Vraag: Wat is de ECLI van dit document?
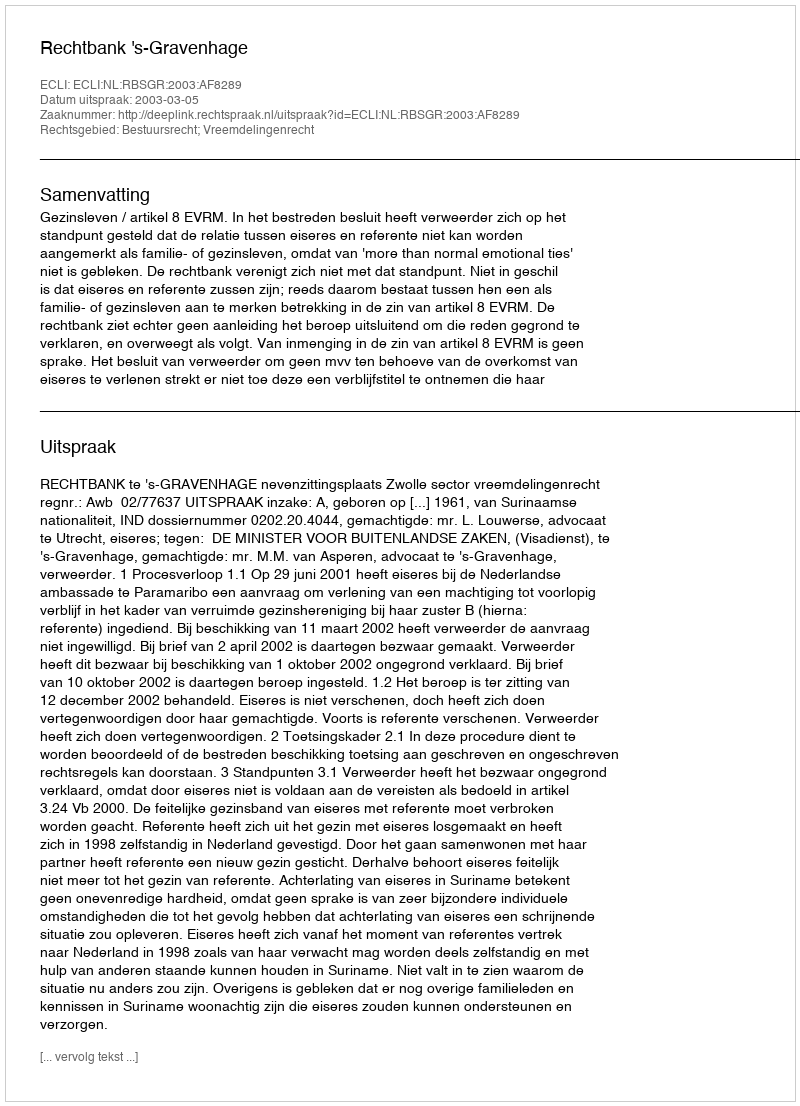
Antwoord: ECLI:NL:RBSGR:2003:AF8289